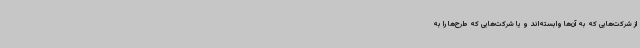
از شرکت‌هایی که به آن‌ها وابسته‌اند و یا شرکت‌هایی که طرح‌ها را به